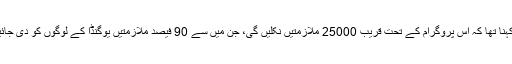
ان کا کہنا تھا کہ اس پروگرام کے تحت قریب 25000 ملازمتیں نکلیں گی، جن میں سے 90 فیصد ملازمتیں یوگنڈا کے لوگوں کو دی جائیں گی۔